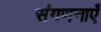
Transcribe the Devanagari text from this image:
संगणनाएँ